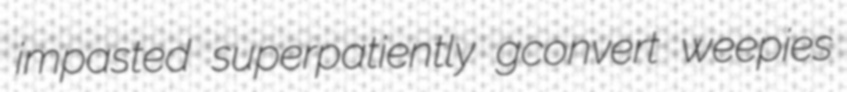
impasted superpatiently gconvert weepies